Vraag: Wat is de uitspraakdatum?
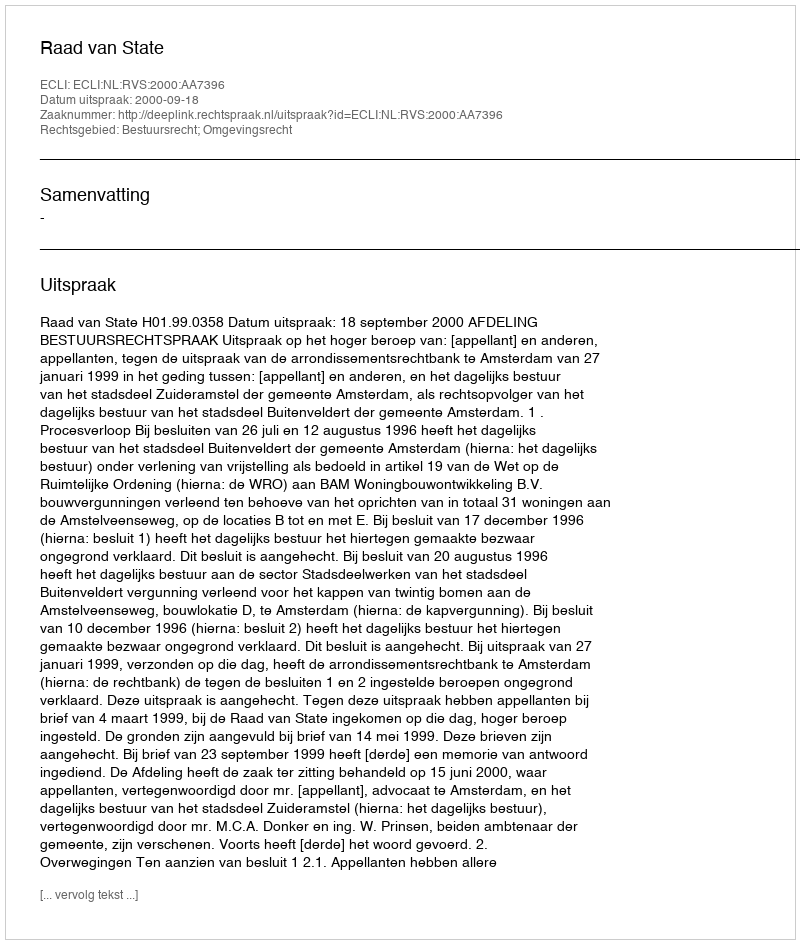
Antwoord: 2000-09-18